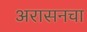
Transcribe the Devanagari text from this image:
अरासनचा